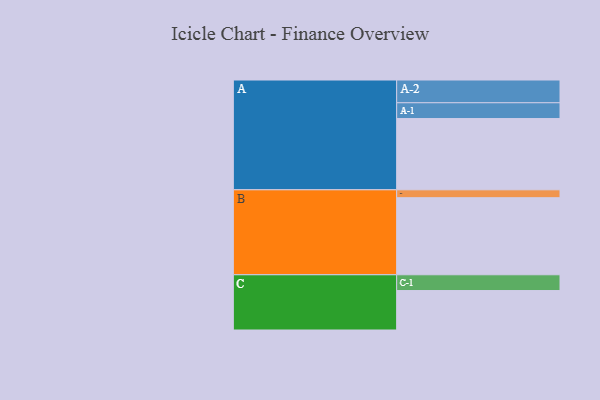
{"axis": {"x": "Segment", "y": "Value"}, "legend": ["", "A", "B", "C"], "data": [{"x": "A", "y": 542, "type": ""}, {"x": "B", "y": 586, "type": ""}, {"x": "C", "y": 300, "type": ""}, {"x": "A-1", "y": 120, "type": "A"}, {"x": "A-2", "y": 173, "type": "A"}, {"x": "B-1", "y": 60, "type": "B"}, {"x": "C-1", "y": 120, "type": "C"}]}